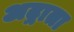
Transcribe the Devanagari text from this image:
अद्गाता